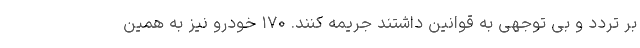
بر تردد و بی توجهی به قوانین داشتند جریمه کنند. ۱۷۰ خودرو نیز به همین